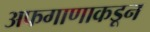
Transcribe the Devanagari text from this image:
अफगाणाकडून